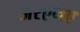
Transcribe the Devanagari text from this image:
अरएनए